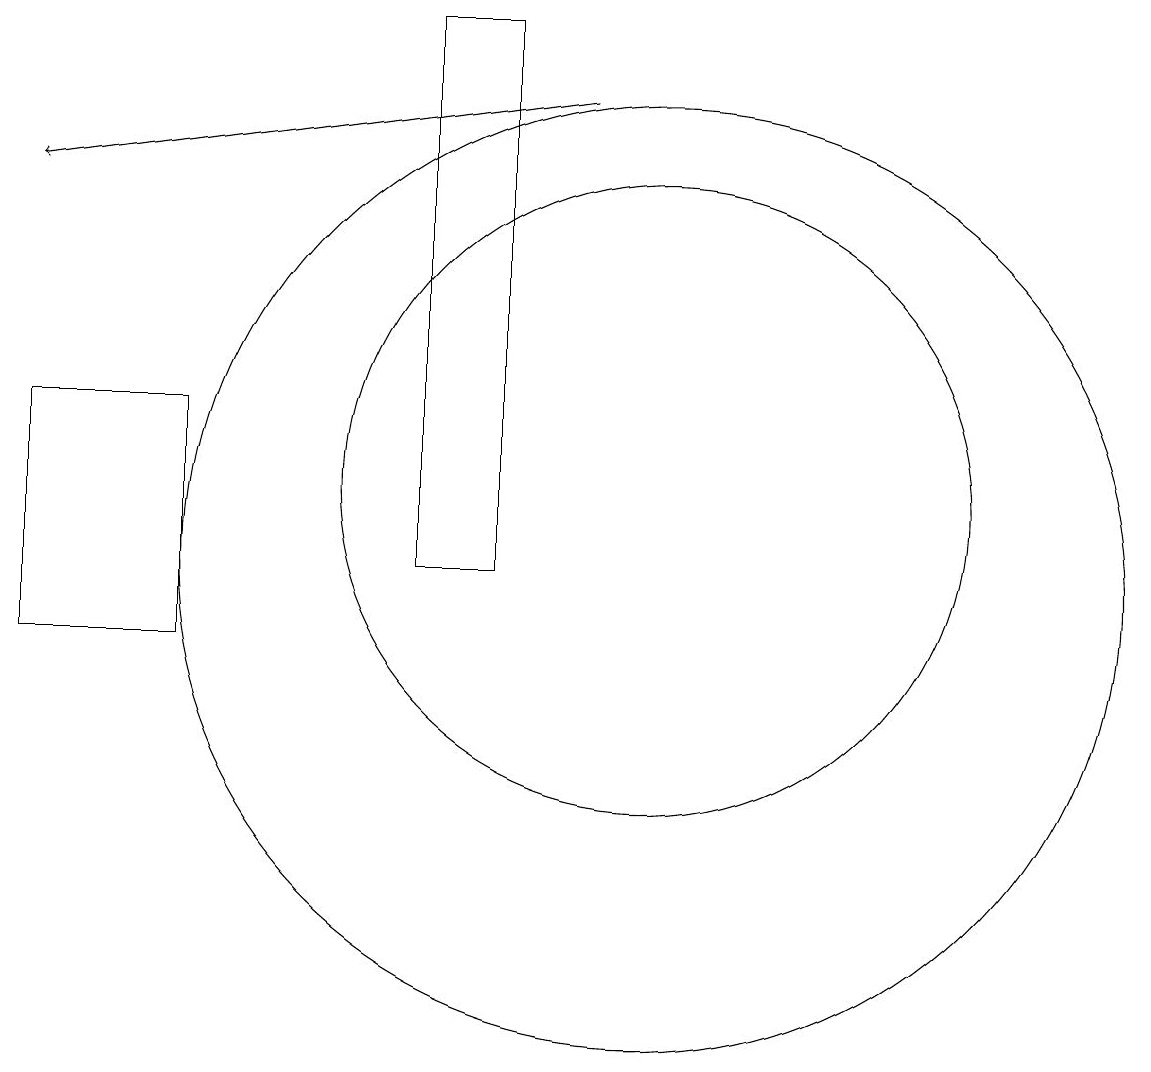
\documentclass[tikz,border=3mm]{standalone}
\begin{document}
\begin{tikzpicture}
\draw (10,12) circle (4);
\draw (10,11) circle (6);
\draw[->] (9,17) -- (2,16);
\draw (4,10) rectangle (2,13);
\draw (8,18) rectangle (7,11);
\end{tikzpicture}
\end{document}